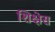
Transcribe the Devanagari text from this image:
शिक्षेस